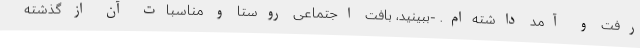
رفت و آمد داشته‌ام‌. -ببینید، بافت اجتماعی روستا و مناسبات آن از گذشته